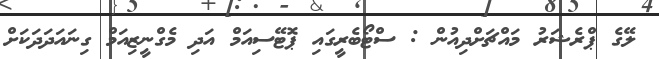
ލޭގެ ޕްރެޝަރު މަައްޗަށްދިއުން : ސްޓޯބެރީގައި ޕޮޓޭސިއަމް އަދި މެގްނީޒިއަމް ގިނައަދަދަކަށް